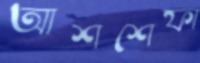
আশশেফা